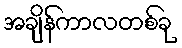
အချိန်ကာလတစ်ခု